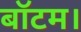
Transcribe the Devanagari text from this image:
बॉटम।